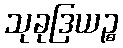
သုခုဒြယဉ္စ